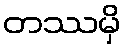
တဿမှိ